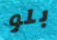
بلو